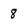
Character: 8